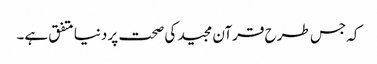
کہ جس طرح قرآن مجید کی صحت پر دنیا متفق ہے۔